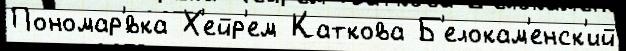
Пономар'́вка Х'ейр'ем Каткова Б'елокам'енск'ий